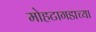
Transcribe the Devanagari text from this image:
मोहटागडाच्या